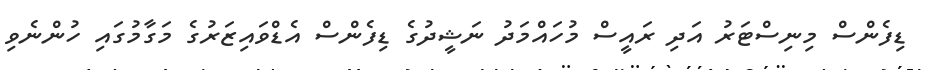
ޑިފެންސް މިނިސްޓަރު އަދި ރައީސް މުހައްމަދު ނަޝީދުގެ ޑިފެންސް އެޑްވައިޒަރުގެ މަގާމުގައި ހުންނެވި